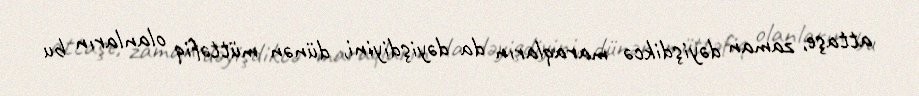
attaşe, zaman dəyişdikcə maraqların da dəyişdiyini, dünən müttəfiq olanların bu